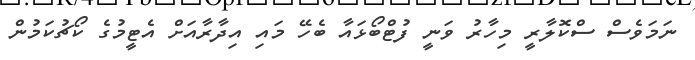
ނަމަވެސް ސްކޮލާރީ މިހާރު ވަނީ ފުޓްބޯޅައާ ބެހޭ މައި އިދާރާއަށް އެޓީމުގެ ކޯޗުކަމުން